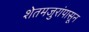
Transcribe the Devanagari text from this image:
शेतमजुरांपासून